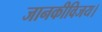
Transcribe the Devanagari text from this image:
जानकीविजय।